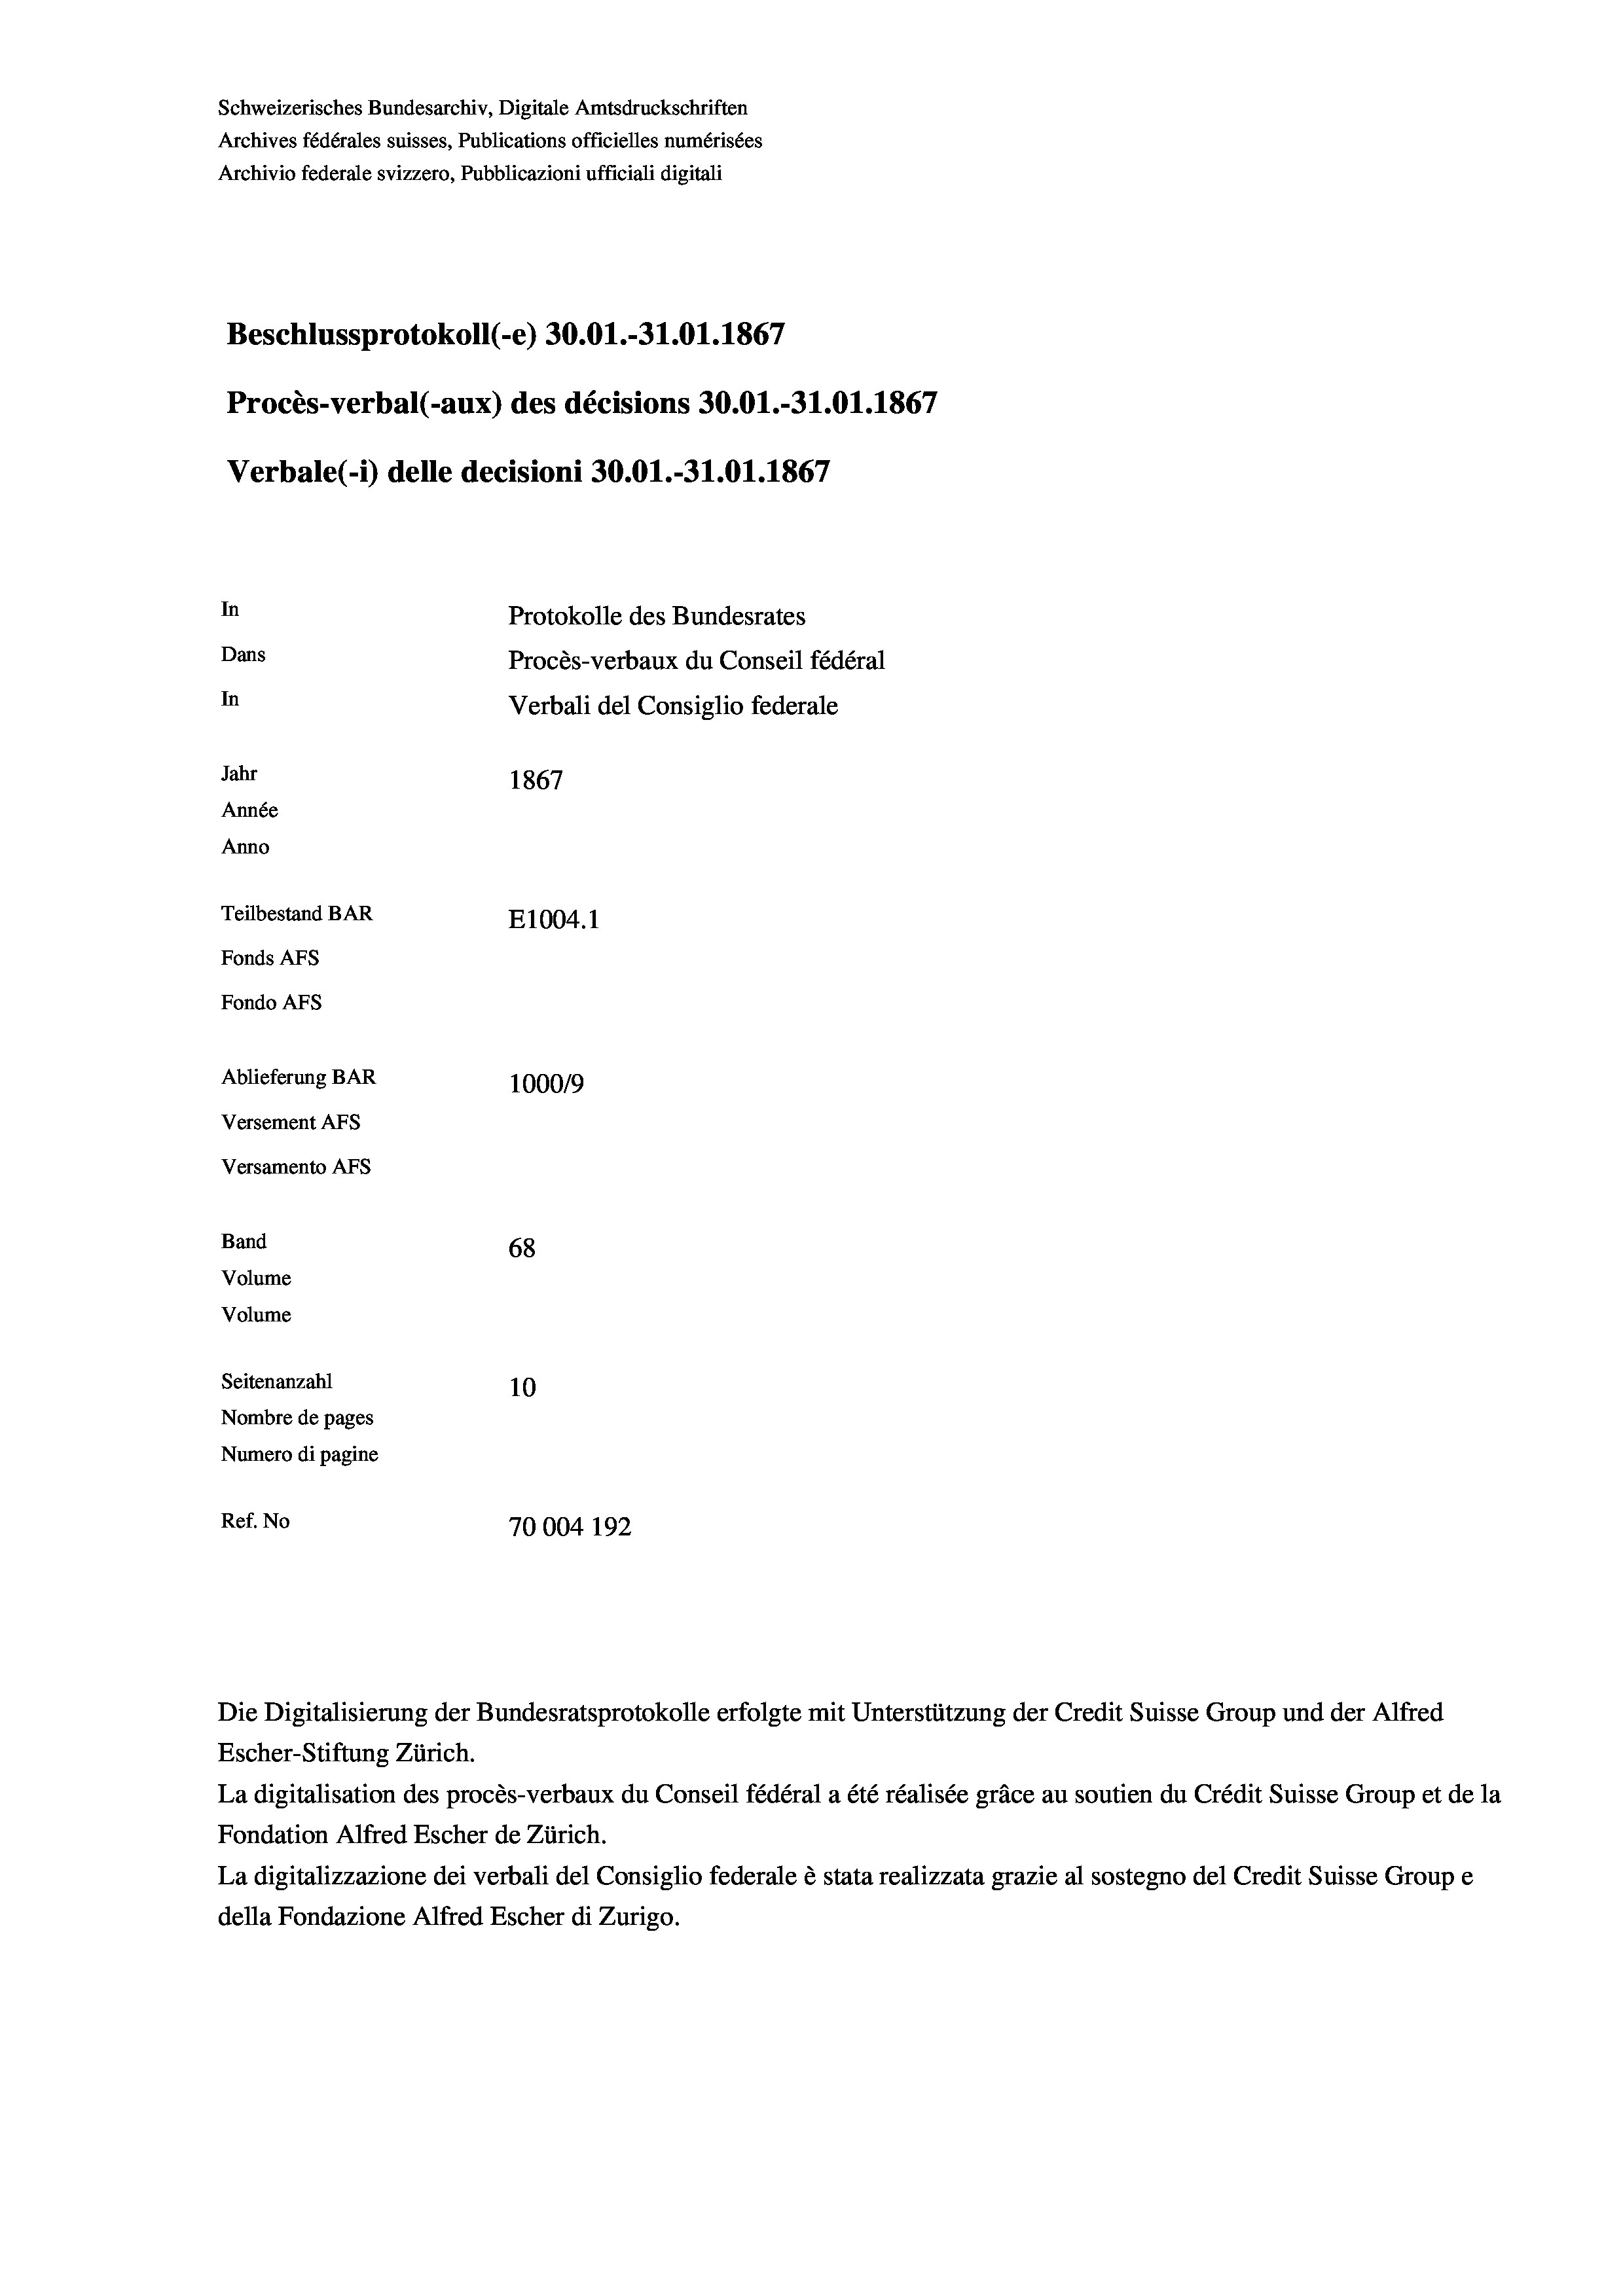
Schweizerisches Bundesarchiv, Digitale Amtsdruckschriften
Archives fédérales suisses, Publications officielles numérisées
Archivio federale svizzero, Pubblicazioni ufficiali digitali
Beschlussprotokoll (e) 30.01.-31.01. 1867
Procès-verbal (-aux) des décisions 30.01.-31.01. 1867
Verbale (- 1) delle decisioni 30.01.-31.01. 1867
In
Protokolle des Bundesrates
Dans
Procès-verbaux du Conseil fédéral
In
Verbali del Consiglio federale
Jahr
1867
Année
Anno
Teilbestand BAR
E1004.1
Fonds AFs
Fondo AFS
Ablieferung BAR
100019
Versement AFs
Versamento AFs
Band
68
Volume
Volume

Seitenanzahl
10
Nombre de pages
Numero di pagine
Ref. No
70004 192

Die Digitalisierung der Bundesratsprotokolle erfolgte mit Unterstützung der Credit Suisse Group und der Alfred

Escher-Stiftung Zürich.
La digitalisation des procès-verbaux du Conseil fédéral a été réalisée gräce au soutien du Crédit Suisse Group et de la
Fondation Alfred Escher de Zürich.
La digitalizzazione dei verbali del Consiglio federale è stata realizzata grazie al sostegno del Credit Suisse Groupe
della Fondazione Alfred Escher di Zurigo.